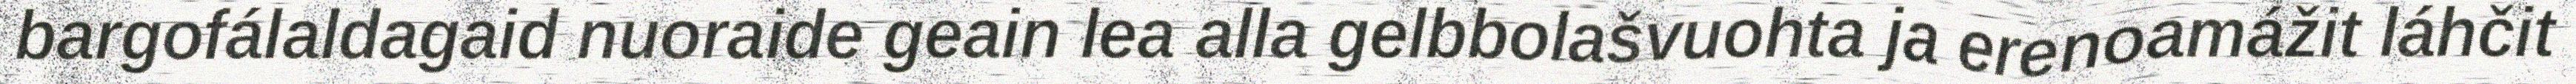
bargofálaldagaid nuoraide geain lea alla gelbbolašvuohta ja erenoamážit láhčit